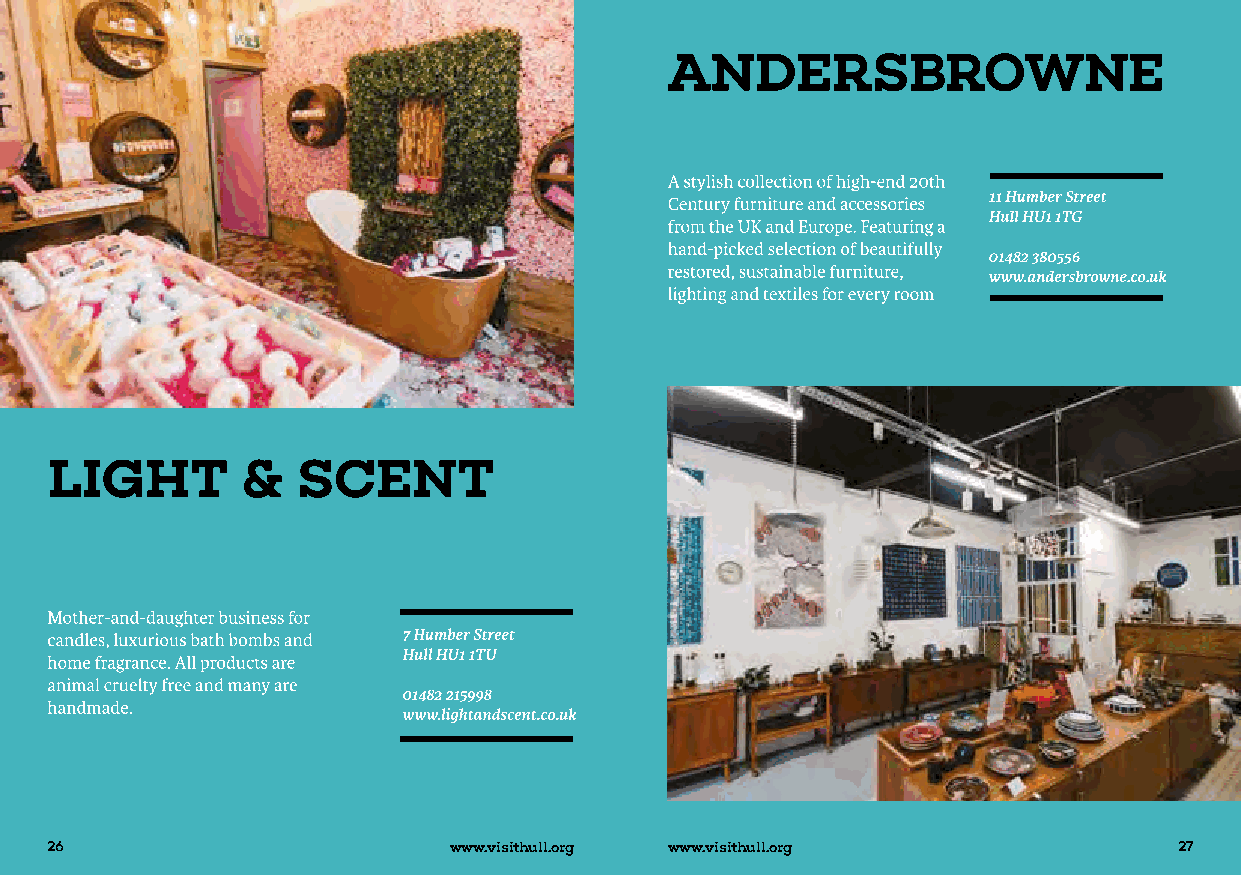
26                         www.visithull.org www.visithull.org             27